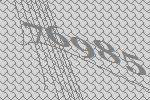
76985